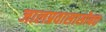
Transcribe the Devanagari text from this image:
जालप्रवासासोबत